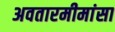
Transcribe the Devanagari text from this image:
अवतारमीमांसा